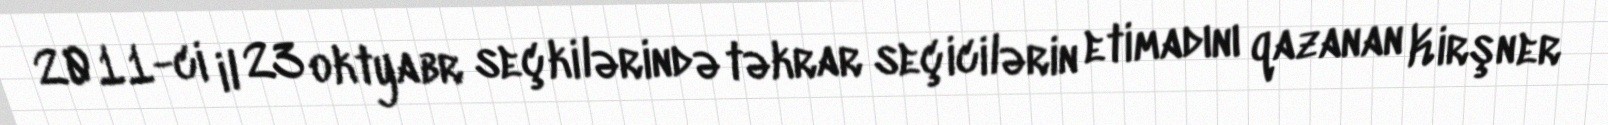
2011-ci il 23 oktyabr seçkilərində təkrar seçicilərin etimadını qazanan Kirşner